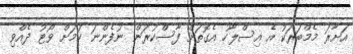
އަށާރަ މެމްބަރަކު އެ އިސްލާހު އެގޮތަށް ފާސްކުރަން ނުފެންނަ ކަމަށް ވޯޓު ދެއްވި